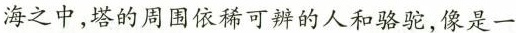
海之中，塔的周围依稀可辨的人和骆驼，像是一